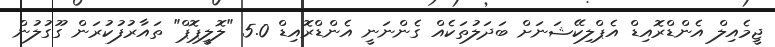
ޖީމެއިލް އެންޑްރޮއިޑް އެޕްލިކޭޝަނަށް ބަދަލުތަކެއް ގެންނަނީ އެންޑްރޮއިޑް 5.0 "ލޮލީޕޮޕް" ތައާރުފުކުރަން ގޫގުލުން